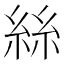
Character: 絲